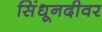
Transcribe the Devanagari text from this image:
सिंधूनदीवर